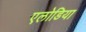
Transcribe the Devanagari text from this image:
एलोडिया